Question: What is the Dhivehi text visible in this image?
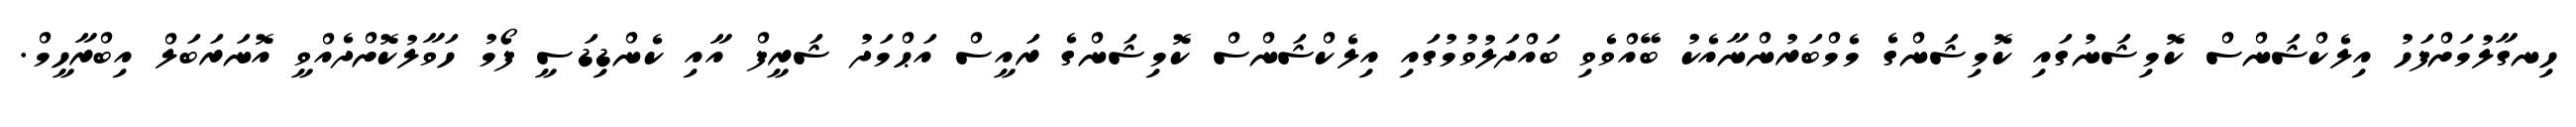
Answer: ހިނގާލުމަށްފަހު އިލެކްޝަންސް ކޮމިޝަނުގައި ކޮމިޝަންގެ މެމްބަރުންނާއެކު ބޭއްވެވި ބައްދަލުވުމުގައި އިލެކްޝަންސް ކޮމިޝަންގެ ރައީސް އަޙްމަދު ޝަރީފް އާއި ކެންޑިޑަސީ ފޯމު ހަވާލުކޮށްދެއްވީ އޮނަރަބަލް އިބްރާހީމް.